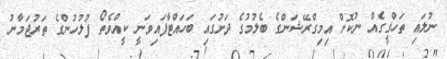
ނުލައި ތަހްގީގެއް ނުކޮށް އިމިގްރޭޝަންގެ ބެލުމުގެ ދަށުގައި ބަހައްޓާފައިވަނީ ކީއްވެތޯ ފުލުހުންގެ ތަރުޖަމާނު